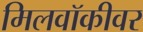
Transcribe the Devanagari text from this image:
मिलवॉकीवर